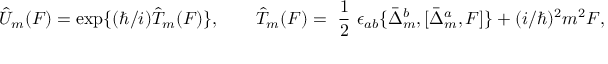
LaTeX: \hat { U } _ { m } ( F ) = \mathrm { e x p } \{ ( \hbar / i ) \hat { T } _ { m } ( F ) \} , \qquad \hat { T } _ { m } ( F ) = \mathrm { ~ \frac { 1 } { 2 } ~ } \epsilon _ { a b } \{ \bar { \Delta } _ { m } ^ { b } , [ \bar { \Delta } _ { m } ^ { a } , F ] \} + ( i / \hbar ) ^ { 2 } m ^ { 2 } F ,